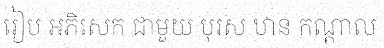
រៀប អភិសេក ជាមួយ បុរស ឋាន កណ្តាល